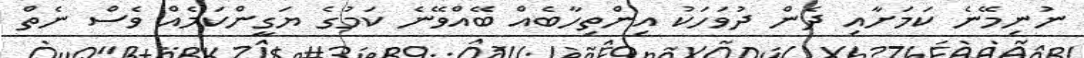
ނުނިމޭނެ ކަމަށާއި ދެން ދުވަހަކު އިންތިހާބެއް ބޭއްވޭނެ ކަމުގެ ޔަގީންކަމެއް ވެސް ނެތް